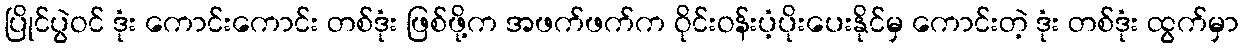
ပြိုင်ပွဲဝင် ဒုံး ကောင်းကောင်း တစ်ဒုံး ဖြစ်ဖို့က အဖက်ဖက်က ဝိုင်းဝန်းပံ့ပိုးပေးနိုင်မှ ကောင်းတဲ့ ဒုံး တစ်ဒုံး ထွက်မှာ